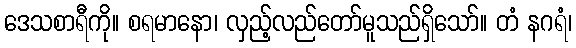
ဒေသစာရီကို။ စရမာနော၊ လှည့်လည်တော်မူသည်ရှိသော်။ တံ နဂရံ၊